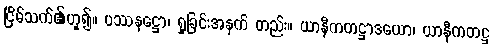
ငြိမ်သက်၏ဟူ၍။ ပဿနဋ္ဌော၊ ရှုခြင်းအနက် တည်း။ ယာနီကတဋ္ဌာဒယော၊ ယာနီကတဋ္ဌ